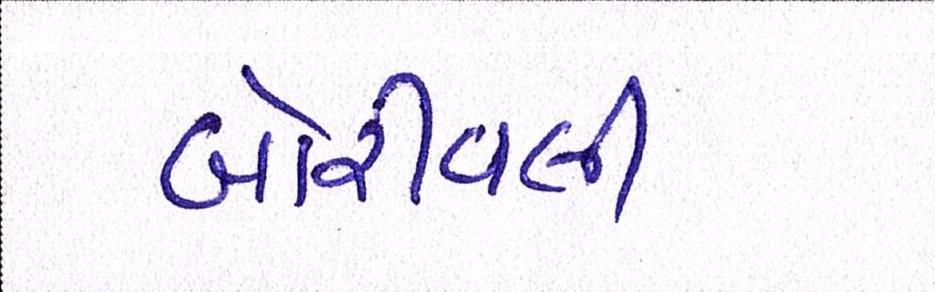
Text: બોરીવલી